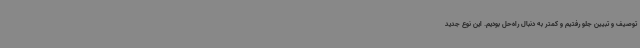
توصیف و تبیین جلو ‌رفتیم و کمتر به دنبال راه‌حل بودیم. این نوع جدید